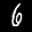
Label: 6